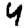
Digit: 4